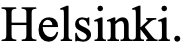
Helsinki.